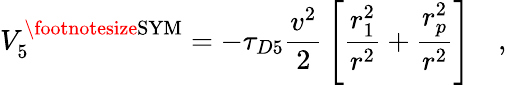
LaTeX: V_{5}^{\mathrm{\footnotesize{SYM}}}=-\tau_{D5}{\frac{v^{2}}{2}}\left[{\frac{r_{1}^{2}}{r^{2}}}+{\frac{r_{p}^{2}}{r^{2}}}\right]\quad,